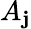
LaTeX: A_{\mathbf{j}}